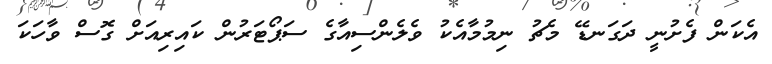
އެކަން ފެށުނީ ދަގަނޑޭ މެޗު ނިމުމާއެކު ވެލެންސިއާގެ ސަޕޯޓަރުން ކައިރިއަށް ގޮސް ވާހަކަ